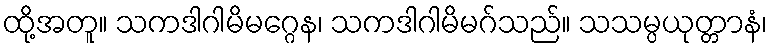
ထို့အတူ။ သကဒါဂါမိမဂ္ဂေန၊ သကဒါဂါမိမဂ်သည်။ သသမ္ပယုတ္တာနံ၊